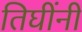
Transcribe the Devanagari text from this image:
तिघींनी